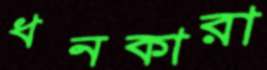
ধনকারা